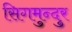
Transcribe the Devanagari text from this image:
सिगमुन्दुर